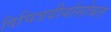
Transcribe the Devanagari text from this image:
विचित्रवीर्यासोबत